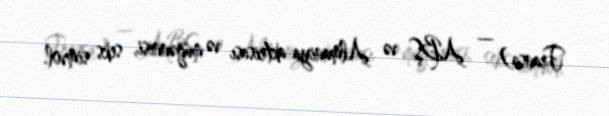
Fransa) — ABŞ və Almaniya aktrisası və müğənnisi, seks simvol.